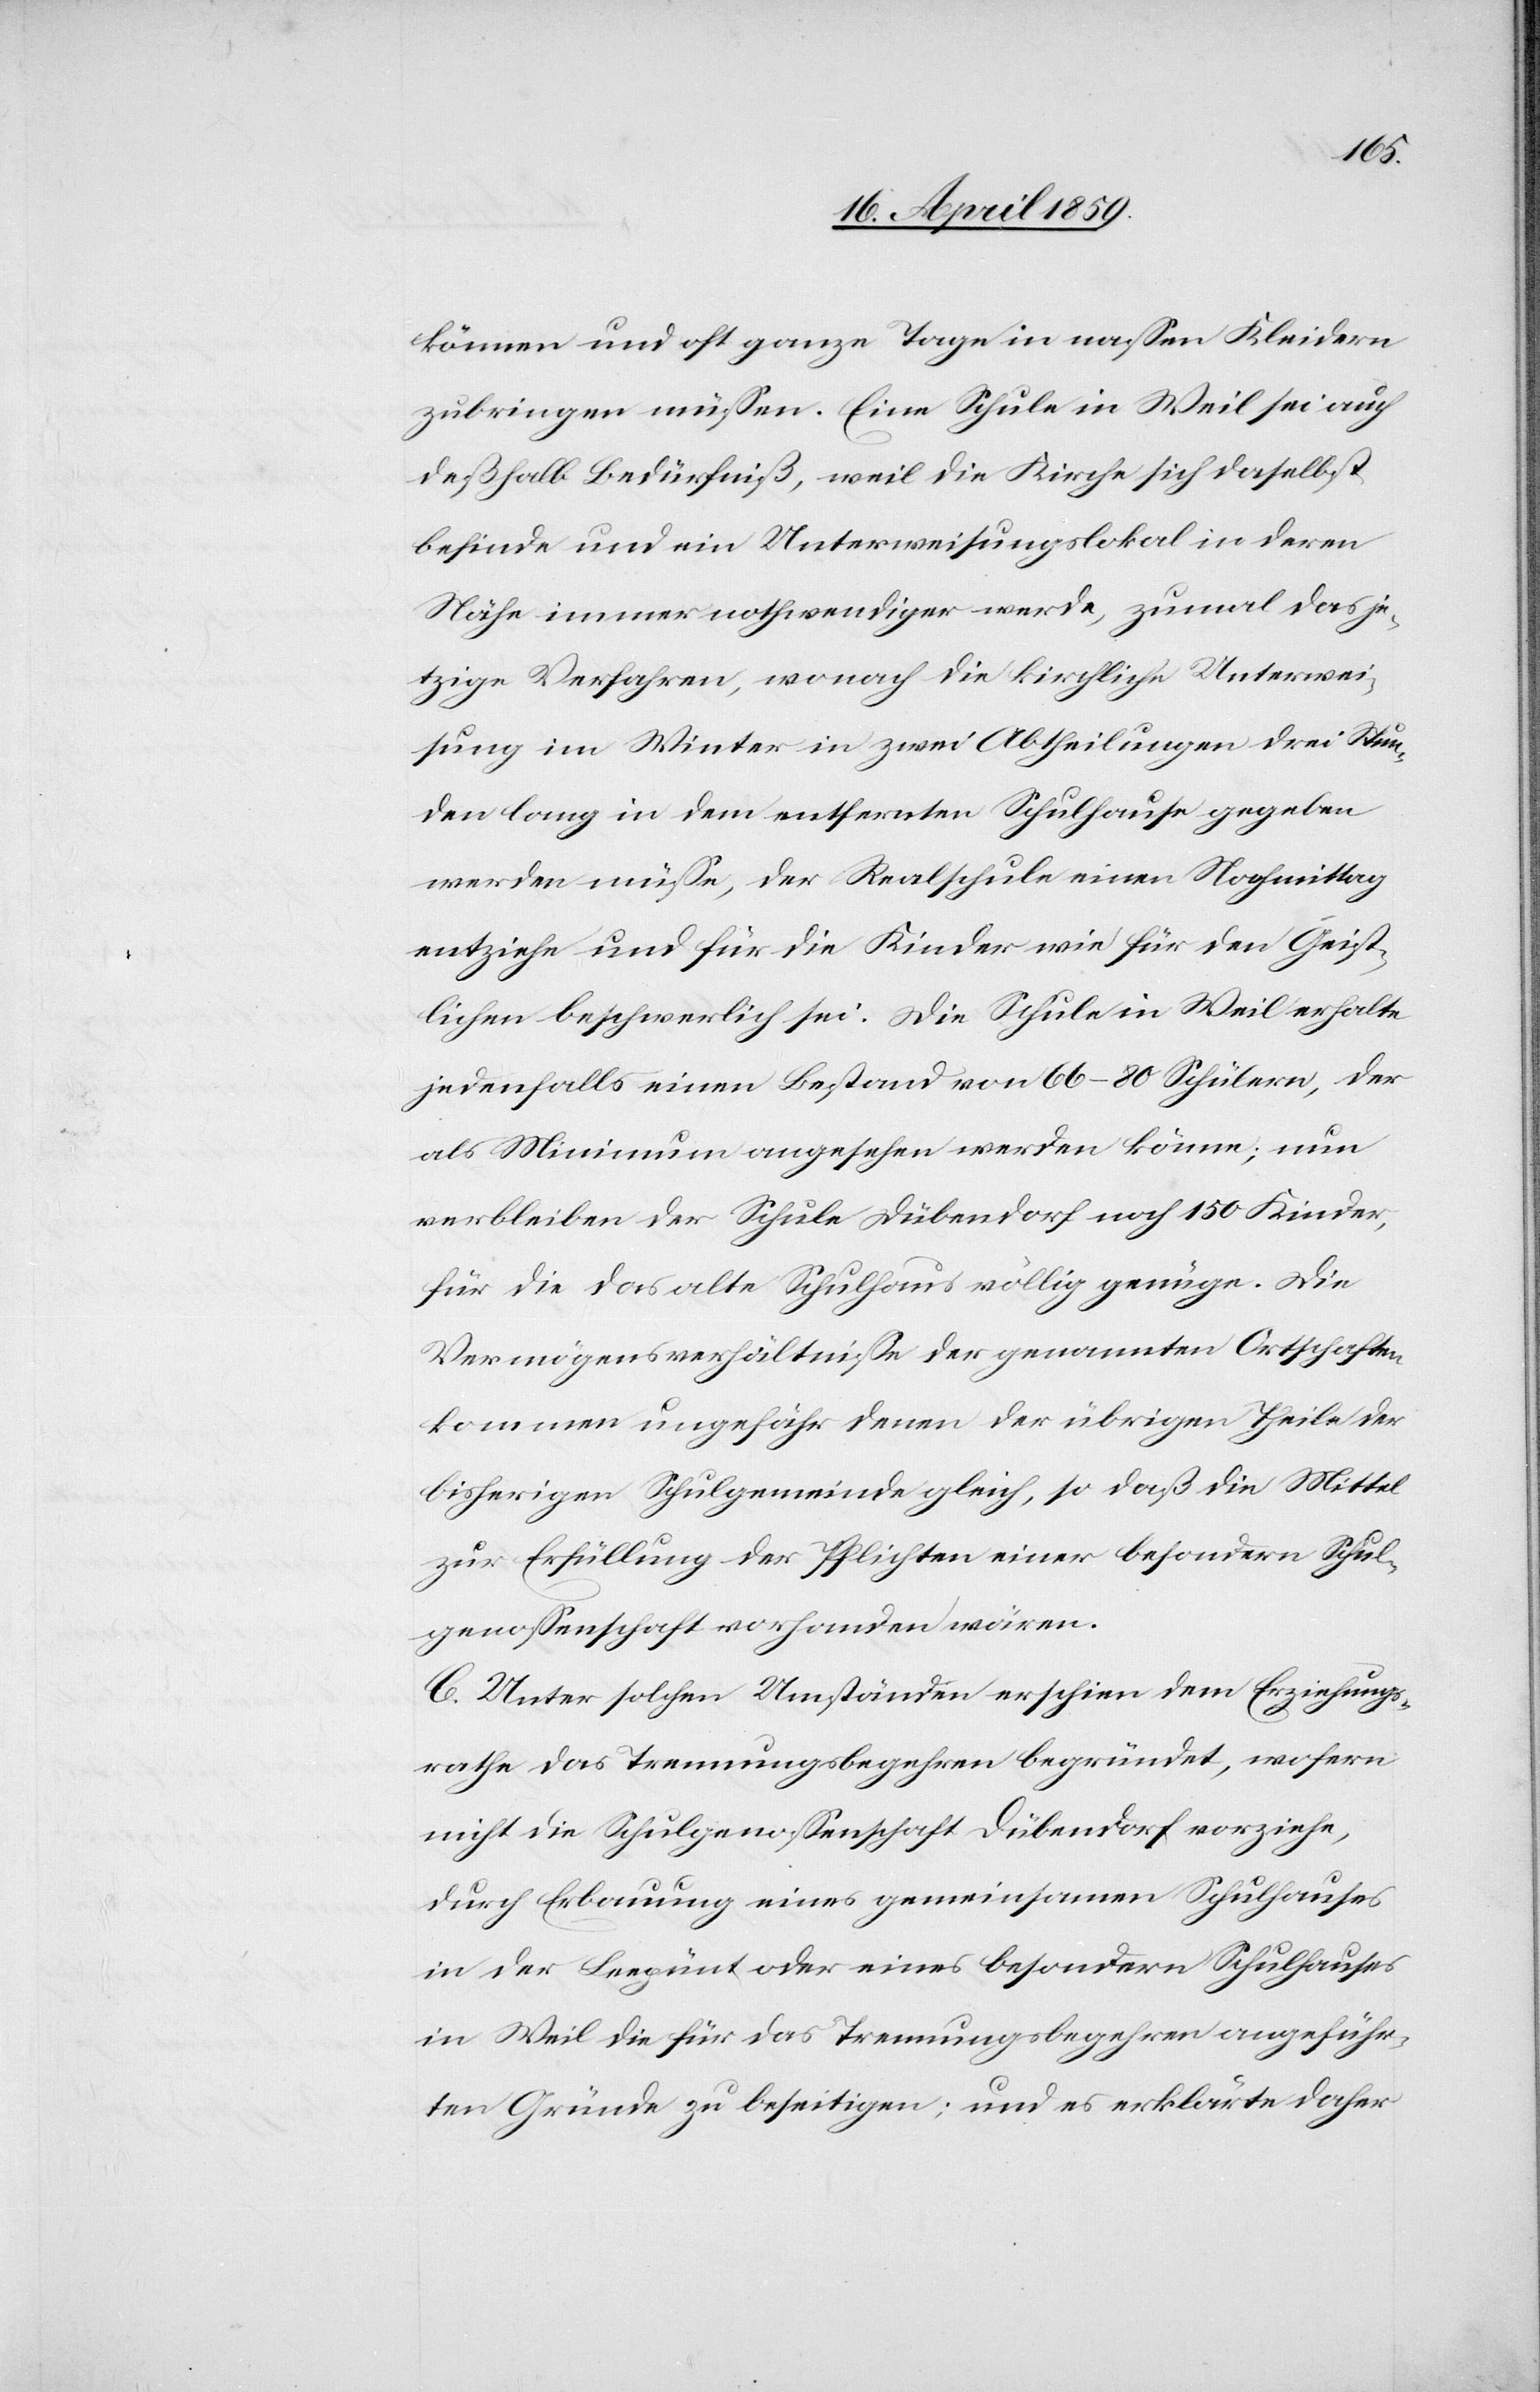
können und oft ganze Tage in naßen Kleidern
zubringen müßen. Eine Schule in Weil sei auch
deßhalb Bedürfniß, weil die Kirche sich daselbst
befinde und ein Unterweisungslokal in deren
Nähe immer nothwendiger werde, zumal das je¬
tzige Verfahren, wonach die kirchliche Unterwei¬
sung im Winter in zwei Abtheilungen drei Stun¬
den lang in dem entfernten Schulhause gegeben
werden müße, der Realschule einen Nachmittag
entziehe und für die Kinder wie für den Geist¬
lichen beschwerlich sei. Die Schule in Weil erhalte
jedenfalls einen Bestand von 66-80 Schülern, der
als Minimum angesehen werden könne; nun
verbleiben der Schule Dübendorf noch 150 Kinder,
für die das alte Schulhaus völlig genüge. Die
Vermögensverhältniße der genannten Ortschaften
kommen ungefähr denen der übrigen Theile der
bisherigen Schulgemeinde gleich, so daß die Mittel
zur Erfüllung der Pflichten einer besondern Schul¬
genoßenschaft vorhanden wären.
C. Unter solchen Umständen erschien dem Erziehungs¬
rathe das Trennungsbegehren begründet, wofern
nicht die Schulgenoßenschaft Dübendorf vorziehe,
durch Erbauung eines gemeinsamen Schulhauses
in der Leepünt oder eines besondern Schulhauses
in Weil die für das Trennungsbegehren angeführ¬
ten Gründe zu beseitigen; und es erklärte daher